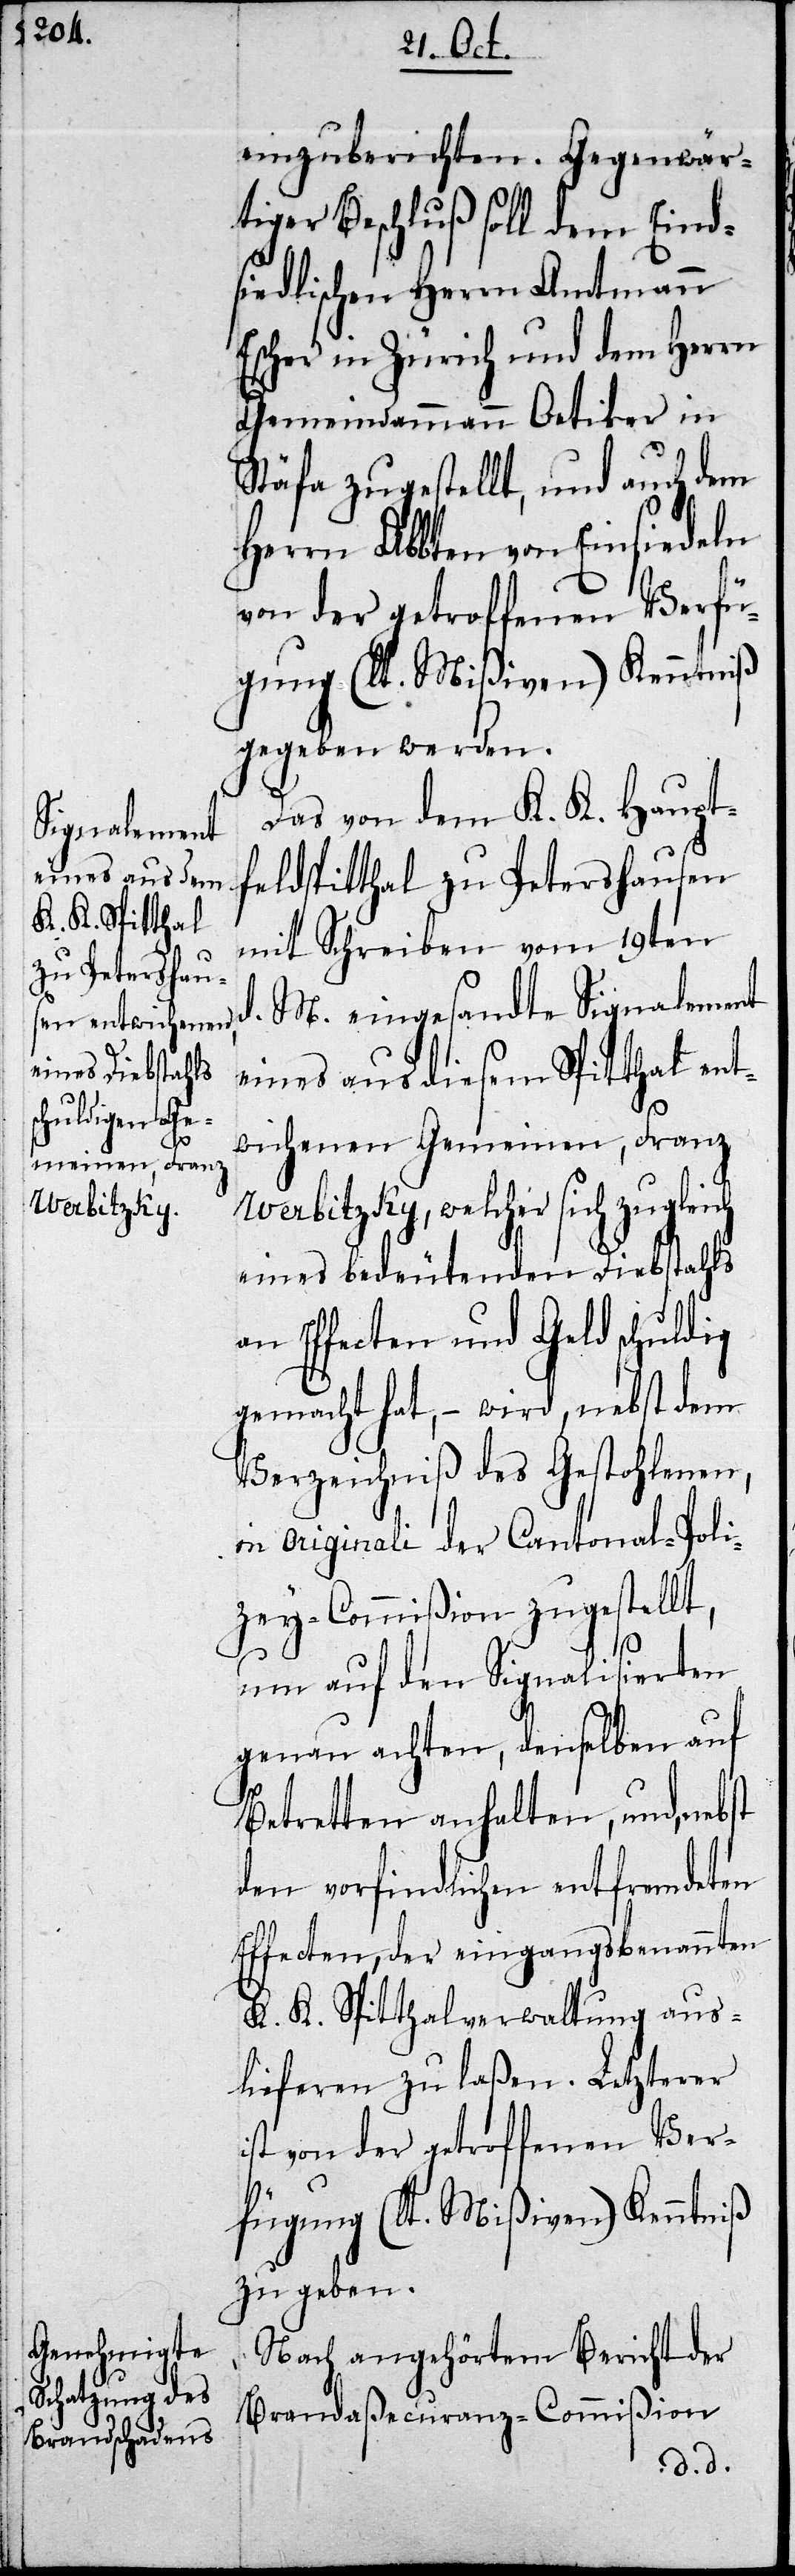
einzuberichten. Gegenwär¬
tiger Beschluß soll dem Ein¬
siedlischen Herrn Amtmann
Escher in Zürich und dem Herrn
Gemeindammann Oetiker in
Stäfa zugestellt, und auch dem
Herren Abbten von Einsiedeln
von der getroffenen Verfü¬
gung (lt. Mißiven) Kenntniß
gegeben werden.
Das von dem K. K. Haupt¬
feldspitthal zu Petershausen
mit Schreiben vom 19ten
d. M. eingesandte Signalement
eines aus diesem Spitthal ent¬
wichenen Gemeinen, Franz
Werbitzky, welcher sich
eines bedeutenden Diebstahls
an Effecten und Geld schuldig
gemacht hat, – wird nebst dem
Verzeichniß des Gestohlenen,
in Originali der Cantonal-Poli¬
zey-Commißion zugestellt,
um auf den Signalisierten
genau zu achten, denselben auf
Betretten anhalten, und, nebst
den vorfindlichen entfremdeten
Effecten, der eingangs benannten
K. K: Spitthalverwaltung aus¬
liefern zu laßen. Letzterer
ist von der getroffenen Ver¬
fügung (lt. Mißiven) Kenntniß
zu geben.
Nach angehörtem Bericht der
Brandaßecuranz-Commißion